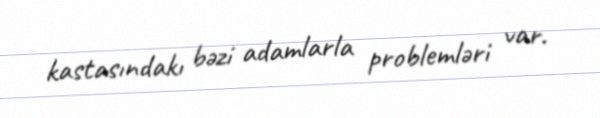
kastasındakı bəzi adamlarla problemləri var.